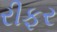
રીફર